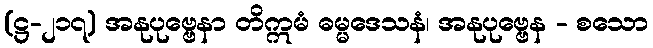
(ဋ္ဌ-၂၁၇) အနုပုဗ္ဗေနာ တိဣမံ ဓမ္မဒေသနံ၊ အနုပုဗ္ဗေန - စသော